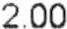
2.00